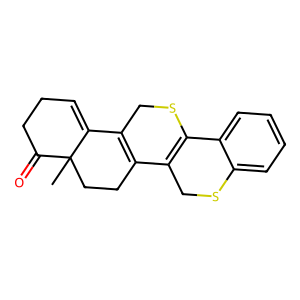
SMILES: CC12CCC3=C(CSC4=C3CSc3ccccc34)C1=CCCC2=O
Inhibits HIV replication: No